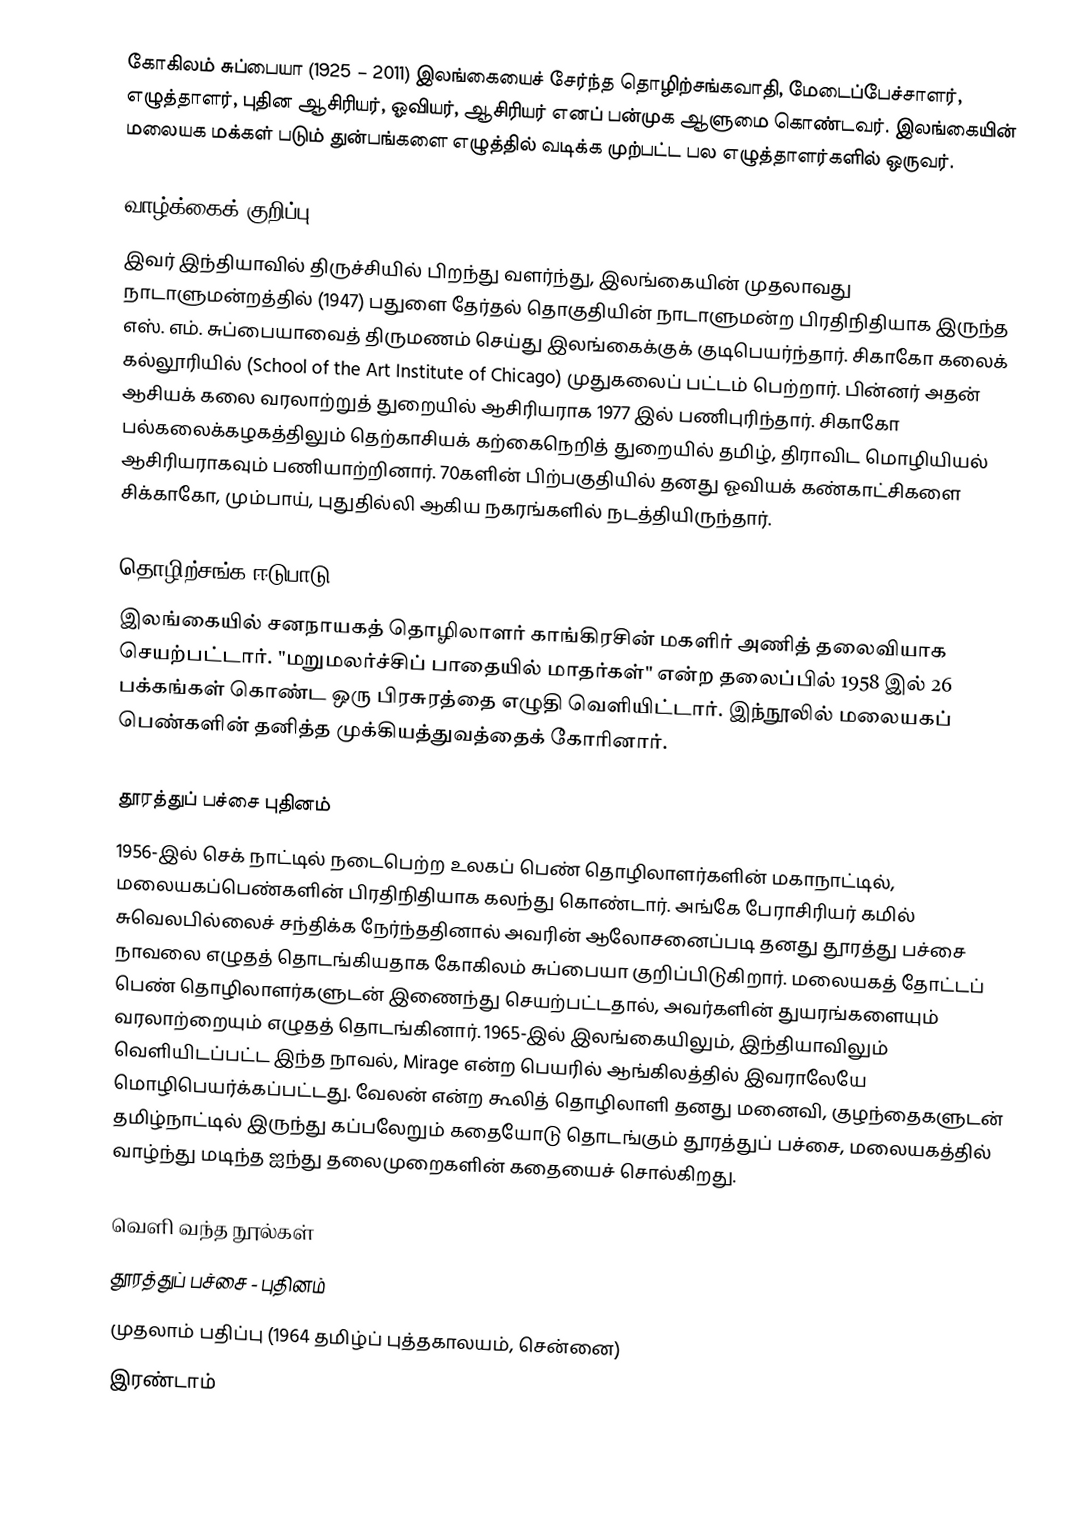
கோகிலம் சுப்பையா (1925 – 2011) இலங்கையைச் சேர்ந்த தொழிற்சங்கவாதி, மேடைப்பேச்சாளர், எழுத்தாளர், புதின ஆசிரியர், ஓவியர், ஆசிரியர் எனப் பன்முக ஆளுமை கொண்டவர். இலங்கையின் மலையக மக்கள் படும் துன்பங்களை எழுத்தில் வடிக்க முற்பட்ட பல எழுத்தாளர்களில் ஒருவர்.

வாழ்க்கைக் குறிப்பு
இவர் இந்தியாவில் திருச்சியில் பிறந்து வளர்ந்து, இலங்கையின் முதலாவது நாடாளுமன்றத்தில் (1947) பதுளை தேர்தல் தொகுதியின் நாடாளுமன்ற பிரதிநிதியாக இருந்த எஸ். எம். சுப்பையாவைத் திருமணம் செய்து இலங்கைக்குக் குடிபெயர்ந்தார். சிகாகோ கலைக் கல்லூரியில் (School of the Art Institute of Chicago) முதுகலைப் பட்டம் பெற்றார். பின்னர் அதன் ஆசியக் கலை வரலாற்றுத் துறையில் ஆசிரியராக 1977 இல் பணிபுரிந்தார். சிகாகோ பல்கலைக்கழகத்திலும் தெற்காசியக் கற்கைநெறித் துறையில் தமிழ், திராவிட மொழியியல் ஆசிரியராகவும் பணியாற்றினார். 70களின் பிற்பகுதியில் தனது ஓவியக் கண்காட்சிகளை சிக்காகோ, மும்பாய், புதுதில்லி ஆகிய நகரங்களில் நடத்தியிருந்தார்.

தொழிற்சங்க ஈடுபாடு
இலங்கையில் சனநாயகத் தொழிலாளர் காங்கிரசின் மகளிர் அணித் தலைவியாக செயற்பட்டார். "மறுமலர்ச்சிப் பாதையில் மாதர்கள்" என்ற தலைப்பில் 1958 இல் 26 பக்கங்கள் கொண்ட ஒரு பிரசுரத்தை எழுதி வெளியிட்டார். இந்நூலில் மலையகப் பெண்களின் தனித்த முக்கியத்துவத்தைக் கோரினார்.

தூரத்துப் பச்சை புதினம்
1956-இல் செக் நாட்டில் நடைபெற்ற உலகப் பெண் தொழிலாளர்களின் மகாநாட்டில், மலையகப்பெண்களின் பிரதிநிதியாக கலந்து கொண்டார். அங்கே பேராசிரியர் கமில் சுவெலபில்லைச் சந்திக்க நேர்ந்ததினால் அவரின் ஆலோசனைப்படி தனது தூரத்து பச்சை நாவலை எழுதத் தொடங்கியதாக கோகிலம் சுப்பையா குறிப்பிடுகிறார்.  மலையகத் தோட்டப் பெண் தொழிலாளர்களுடன் இணைந்து செயற்பட்டதால், அவர்களின் துயரங்களையும் வரலாற்றையும் எழுதத் தொடங்கினார். 1965-இல் இலங்கையிலும், இந்தியாவிலும் வெளியிடப்பட்ட இந்த நாவல், Mirage என்ற பெயரில் ஆங்கிலத்தில் இவராலேயே மொழிபெயர்க்கப்பட்டது. வேலன் என்ற கூலித் தொழிலாளி தனது மனைவி, குழந்தைகளுடன் தமிழ்நாட்டில் இருந்து கப்பலேறும் கதையோடு தொடங்கும் தூரத்துப் பச்சை, மலையகத்தில்  வாழ்ந்து மடிந்த ஐந்து தலைமுறைகளின் கதையைச் சொல்கிறது.

வெளி வந்த நூல்கள்
 தூரத்துப் பச்சை - புதினம்
முதலாம் பதிப்பு  (1964 தமிழ்ப் புத்தகாலயம், சென்னை)
இரண்டாம்